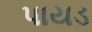
પાયડ